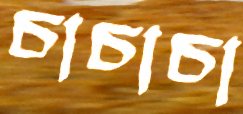
চাচাচা